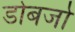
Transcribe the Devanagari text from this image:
डोबर्जा